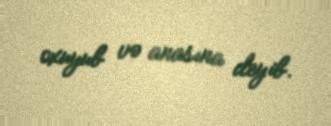
oxuyub və anasına deyib.